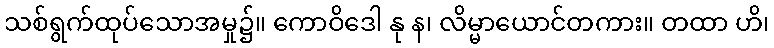
သစ်ရွက်ထုပ်သောအမှု၌။ ကောဝိဒေါ နု န၊ လိမ္မာယောင်တကား။ တထာ ဟိ၊